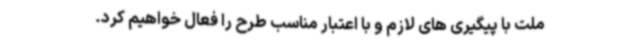
ملت با پیگیری های لازم و با اعتبار مناسب طرح را فعال خواهیم کرد.